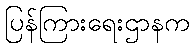
ပြန်ကြားရေးဌာနက